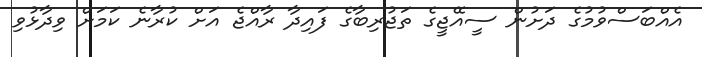
އެއްބަސްވުމުގެ ދަށުން ސީއޭޖީގެ ތަޖުރިބާގެ ފައިދާ ރާއްޖެ އަށް ކުރާނެ ކަމަށް ވިދާޅުވި